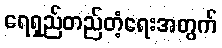
ရေရှည်တည်တံ့ရေးအတွက်